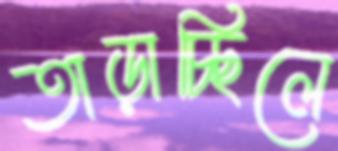
তাড়াচ্ছিলে